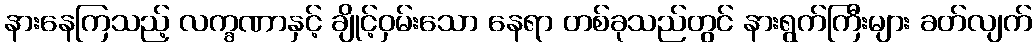
နားနေကြသည့် လက္ခဏာနှင့် ချိုင့်ဝှမ်းသော နေရာ တစ်ခုသည်တွင် နားရွက်ကြီးများ ခတ်လျက်